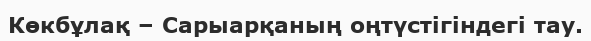
Көкбұлақ – Сарыарқаның оңтүстігіндегі тау.